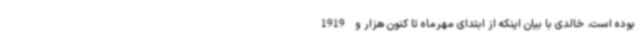
بوده است. خالدی با بیان اینکه از ابتدای مهرماه تا کنون هزار و 1919